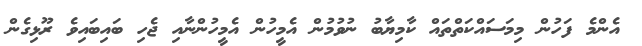
އެންމެ ފަހުން މިމަސައްކަތްތައް ކާމިޔާބު ނުވުމުން އެމީހުން އެމީހުންނާއި ޖެހި ބައިބައިވެ ރޫޅިގެން